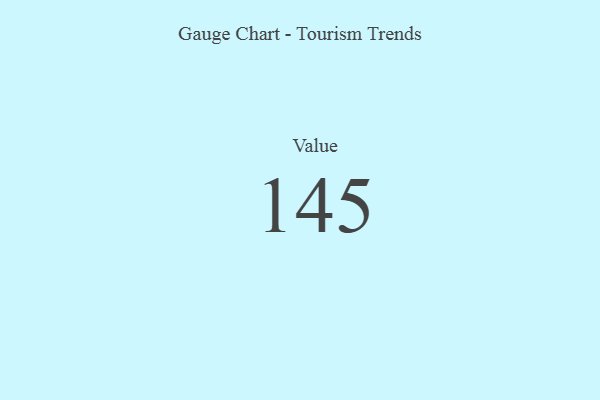
{"axis": {"x": "Metric", "y": "Value"}, "legend": [""], "data": [{"x": "Value", "y": 145, "type": ""}]}